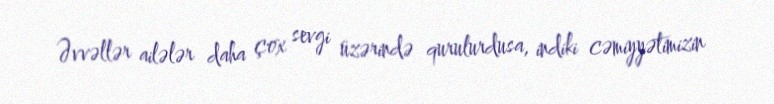
Əvvəllər ailələr daha çox sevgi üzərində qurulurdusa, indiki cəmiyyətimizin